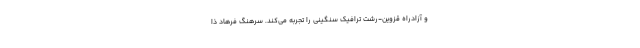
و آزادراه قزوین-رشت ترافیک سنگینی را تجربه می‌کند. سرهنگ فرهاد ذا